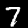
Label: 7